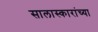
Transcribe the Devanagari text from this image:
सालास्कारांच्या